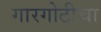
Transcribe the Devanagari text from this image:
गारगोटीचा